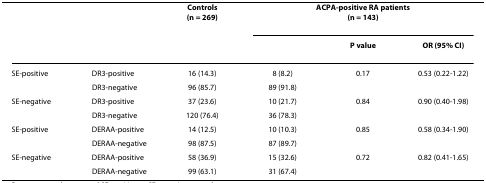
<table><thead><tr><td></td><td></td><td><b>Controls(n = 269)</b></td><td colspan="3"><b>ACPA-positive RA patients(n = 143)</b></td></tr><tr><td></td><td></td><td></td><td></td><td><b><i>P </i>value</b></td><td><b>OR (95% CI)</b></td></tr></thead><tbody><tr><td>SE-positive</td><td>DR3-positive</td><td>16 (14.3)</td><td>8 (8.2)</td><td>0.17</td><td>0.53 (0.22-1.22)</td></tr><tr><td></td><td>DR3-negative</td><td>96 (85.7)</td><td>89 (91.8)</td><td></td><td></td></tr><tr><td>SE-negative</td><td>DR3-positive</td><td>37 (23.6)</td><td>10 (21.7)</td><td>0.84</td><td>0.90 (0.40-1.98)</td></tr><tr><td></td><td>DR3-negative</td><td>120 (76.4)</td><td>36 (78.3)</td><td></td><td></td></tr><tr><td>SE-positive</td><td>DERAA-positive</td><td>14 (12.5)</td><td>10 (10.3)</td><td>0.85</td><td>0.58 (0.34-1.90)</td></tr><tr><td></td><td>DERAA-negative</td><td>98 (87.5)</td><td>87 (89.7)</td><td></td><td></td></tr><tr><td>SE-negative</td><td>DERAA-positive</td><td>58 (36.9)</td><td>15 (32.6)</td><td>0.72</td><td>0.82 (0.41-1.65)</td></tr><tr><td></td><td>DERAA-negative</td><td>99 (63.1)</td><td>31 (67.4)</td><td></td><td></td></tr></tbody></table>